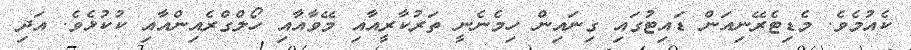
ކެއުމެވެ. މެޑިޓެރޭނިއަން ޑައިޓުގައި ގިނައިން ހިމެނެނީ ތަރުކާރީއާއި މޭވާއާއި ހޯލްގްރެއިންއާއި ކުކުޅެވެ. އަދި